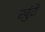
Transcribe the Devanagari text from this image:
खुंटे